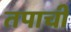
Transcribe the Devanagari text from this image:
तपाची